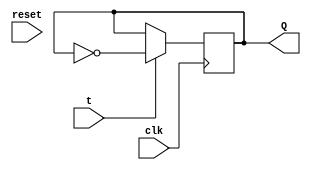
module flipflopT(clk, t, Q,reset);
	input clk, t,reset;
	output reg Q;
	// Flip Flop do tipo T.
	always@ (posedge clk) begin
		if (reset)
			Q <= 0;
		if(t)
			Q <= ~Q;
		else
			Q <= Q;	
	end
	
	
endmodule